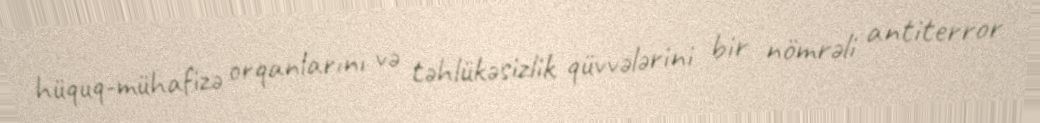
hüquq-mühafizə orqanlarını və təhlükəsizlik qüvvələrini bir nömrəli antiterror